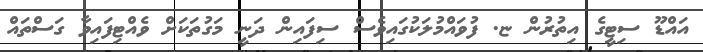
އައްޑޫ ސިޓީގެ އިތުރުން ޏ. ފުވައްމުލަކުގައިވެސް ސިފައިން ދަނީ މަގުތަކަށް ވެއްޓިފައިވާ ގަސްތައް